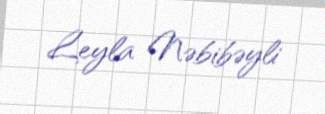
Leyla Nəbibəyli